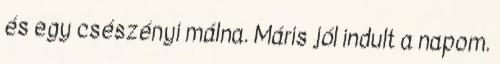
és egy csészényi málna. Máris jól indult a napom.